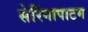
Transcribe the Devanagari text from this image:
सेरिंगापाटम